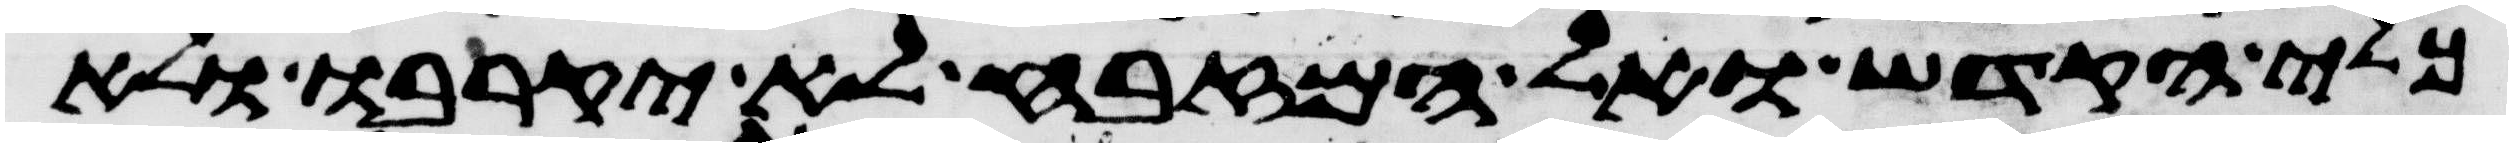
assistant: כלי הקדש ואל המזבח לא יקרבו ולא